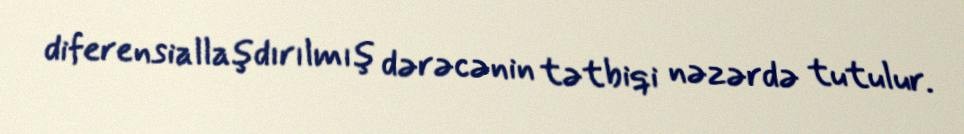
diferensiallaşdırılmış dərəcənin tətbiqi nəzərdə tutulur.